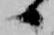
候